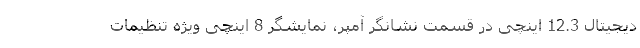
دیجیتال 12.3 اینچی در قسمت نشانگر آمپر، نمایشگر 8 اینچی ویژه تنظیمات